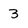
Character: 3